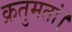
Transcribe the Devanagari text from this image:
क्रतुमतां।